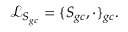
\mathcal { L } _ { S _ { g c } } = \{ S _ { g c } , \boldsymbol { \cdot } \} _ { g c } .